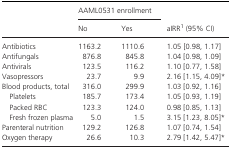
<table><thead><tr><td rowspan="2"></td><td colspan="2"><b>AAML0531 enrollment</b></td><td rowspan="2"><b>aIRRa (95% CI)</b></td></tr><tr><td><b>No</b></td><td><b>Yes</b></td></tr></thead><tbody><tr><td>Antibiotics</td><td>1163.2</td><td>1110.6</td><td>1.05 [0.98, 1.17]</td></tr><tr><td>Antifungals</td><td>876.8</td><td>845.8</td><td>1.04 [0.98, 1.09]</td></tr><tr><td>Antivirals</td><td>123.5</td><td>116.2</td><td>1.10 [0.77, 1.58]</td></tr><tr><td>Vasopressors</td><td>23.7</td><td>9.9</td><td>2.16 [1.15, 4.09]*</td></tr><tr><td>Blood products, total</td><td>316.0</td><td>299.9</td><td>1.03 [0.92, 1.16]</td></tr><tr><td>Platelets</td><td>185.7</td><td>173.4</td><td>1.05 [0.93, 1.19]</td></tr><tr><td>Packed RBC</td><td>123.3</td><td>124.0</td><td>0.98 [0.85, 1.13]</td></tr><tr><td>Fresh frozen plasma</td><td>5.0</td><td>1.5</td><td>3.15 [1.23, 8.05]*</td></tr><tr><td>Parenteral nutrition</td><td>129.2</td><td>126.8</td><td>1.07 [0.74, 1.54]</td></tr><tr><td>Oxygen therapy</td><td>26.6</td><td>10.3</td><td>2.79 [1.42, 5.47]*</td></tr></tbody></table>